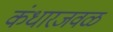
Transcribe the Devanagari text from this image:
कंधारजवळ